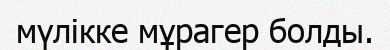
мүлікке мұрагер болды.